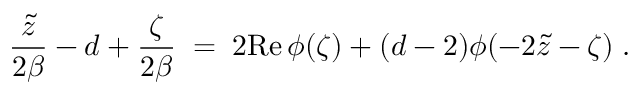
{ \frac { \tilde { z } } { 2 \beta } } - d + { \frac { \zeta } { 2 \beta } } \; = \; 2 \mathrm { R e } \, \phi ( \zeta ) + ( d - 2 ) \phi ( - 2 \tilde { z } - \zeta ) \; .